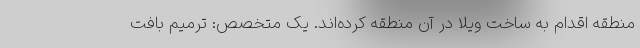
منطقه اقدام به ساخت ویلا در آن منطقه کرده‌اند. یک متخصص: ترمیم بافت